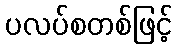
ပလပ်စတစ်ဖြင့်